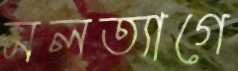
মলত্যাগে